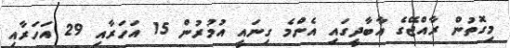
މިގޮތުން ރާއްޖޭގެ އާބާދީގައި އެންމެ ގިނައީ އުމުރުން 15 އަހަރާއި 29 އަހަރާއި